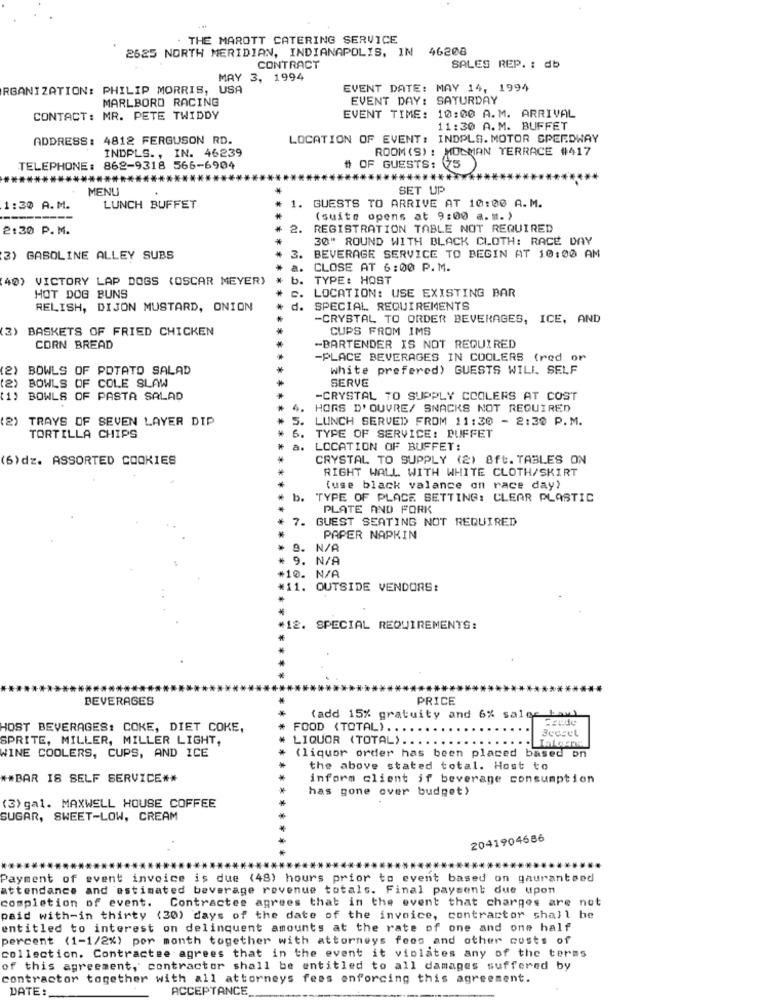
. THE MAROTT CATERING SERVICE
46208
2625 NORTH MERIDIAN, INDIANAPOLIS, IN
CONTRACT
SALES REP. : db
MAY 3, 1994
RGANIZATION: PHILIP MORRIS, USA
EVENT DATE: MAY 14, 1994
MARLBORO RACING
EVENT DAY: SATURDAY
CONTACT: MR. PETE TWIDDY
EVENT TIME: 10:00 A.M. ARRIVAL
11:30 A.M. BUFFET
ADDRESS: 4812 FERGUSON RD.
LOCATION OF EVENT: INDPLS. MOTOR SPEEDWAY
INDPLS ., IN. 46239
ROOM (S) : MOCMAN TERRACE #417
TELEPHONE: 862-9318 566-6904
# OF GUESTS:
*****
MENU
SET UP
1:30 A.M.
LUNCH BUFFET
1. GUESTS TO ARRIVE AT 10:00 A.M.
(suite opens at 9:00 a.m. )
2:30 P. M.
2.
REGISTRATION TABLE NOT REQUIRED
30" ROUND WITH BLACK CLOTH: RACE DAY
3.
3) GASOLINE ALLEY SUBS
BEVERAGE SERVICE TO BEGIN AT 10:00 AM
a.
CLOSE AT 6:00 P.M.
40) VICTORY LAP DOGS (OSCAR MEYER)
TYPE: HOST
* *
HOT DOG BUNS
LOCATION: USE EXISTING BAR
RELISH, DIJON MUSTARD, ONION
d.
SPECIAL REQUIREMENTS
-CRYSTAL TO ORDER BEVERAGES, ICE, AND
3) BASKETS OF FRIED CHICKEN
CUPS FROM IMS
CORN BREAD
-BARTENDER IS NOT REQUIRED
-PLACE BEVERAGES IN COOLERS (red or
(2) BOWLS OF POTATO SALAD
white prefered) GUESTS WILL SELF
(2)
BOWLS OF COLE SLAW
SERVE
(1) BOWLS OF PASTA SALAD
-CRYSTAL TO SUPPLY COOLERS AT COST
4.
HORS D'OUVRE/ SNACKS NOT REQUIRED
(2)
TRAYS OF SEVEN LAYER DIP
LUNCH SERVED FROM 11:30 - 2:30 P.M.
TORTILLA CHIPS
TYPE OF SERVICE: BUFFET
a.
LOCATION OF BUFFET:
(6)dz. ASSORTED COOKIES
CRYSTAL TO SUPPLY (2) 8ft. TABLES ON
RIGHT WALL WITH WHITE CLOTH/SKIRT
(use black valance on race day)
b.
TYPE OF PLACE SETTING: CLEAR PLASTIC
PLATE AND FORK
7. GUEST SEATING NOT REQUIRED
PAPER NAPKIN
9. N/A
9. N/A
#10. N/A
#11. OUTSIDE VENDORS:
#12. SPECIAL REQUIREMENTS:
BEVERAGES
PRICE
(add 15% gratuity and 6% sales
HOST BEVERAGES: COKE, DIET COKE,
FOOD (TOTAL) ..
SPRITE, MILLER, MILLER LIGHT,
LIQUOR (TOTAL) ..
WINE COOLERS, CUPS, AND ICE
(liquor order has been placed based on
the above stated total. Host to
** BAR IS SELF SERVICE **
inform client if beverage consumption
has gone over budget)
(3) gal. MAXWELL HOUSE COFFEE
SUGAR, SWEET-LOW, CREAM
2041904686
Payment of event invoice is due (48) hours prior to event based on gauranteed
attendance and estimated beverage revenue totals. Final payment due upon
Contractes agrees that in the event that charges are not
completion of event.
paid with-in thirty (30) days of the date of the invoice, contractor shall be
entitled to interest on delinquent amounts at the rate of one and one half
percent (1-1/2%) per month together with attorneys fees and other costs of
collection. Contractse agrees that in the event it violates any of the terms
of this agreement, contractor shall be entitled to all damages suffered by
contractor together with all attorneys fees enforcing this agreement.
DATE:
ACCEPTANCE